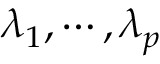
\lambda _ { 1 } , \cdots , \lambda _ { p }